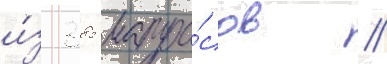
и́з 385 матро́сов /